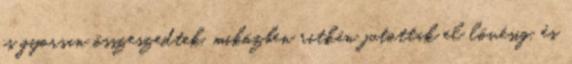
is gyorsan összeszedtek, miközben ritkán jutottak el lövésig, és